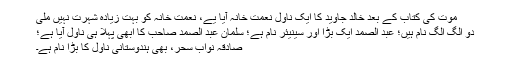
موت کی کتاب کے بعد خالد جاوید کا ایک ناول نعمت خانہ آیا یے، نعمت خانہ کو بہت زیادہ شہرت نہیں ملی
دو الگ الگ نام ہیں؛ عبد الصمد ایک بڑا اور سینیئر نام ہے؛ سلمان عبد الصمد صاحب کا ابھی پہلا ہی ناول آیا ہے؛
صادقہ نواب سحر، بھی ہندوستانی ناول کا بڑا نام ہے۔